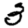
Digit: 3